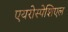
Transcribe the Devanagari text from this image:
एयरोस्पेशिएल